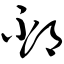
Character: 邳